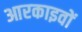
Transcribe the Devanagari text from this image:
आरकाइवों